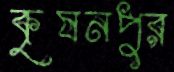
কৃষনপুর